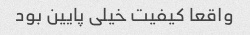
واقعا کیفیت خیلی پایین بود